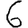
Digit: 6